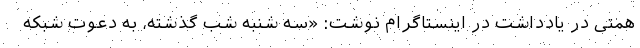
همتی در یادداشت در اینستاگرام نوشت: «سه شنبه شب گذشته، به دعوت شبکه